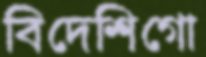
বিদেশিগো